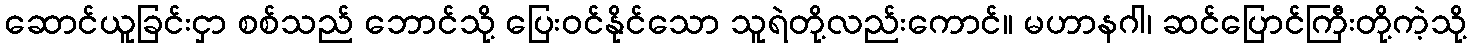
ဆောင်ယူခြင်းငှာ စစ်သည် ဘောင်သို့ ပြေးဝင်နိုင်သော သူရဲတို့လည်းကောင်။ မဟာနဂါ၊ ဆင်ပြောင်ကြီးတို့ကဲ့သို့